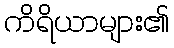
ကိရိယာများ၏